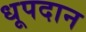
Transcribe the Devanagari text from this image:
धूपदान